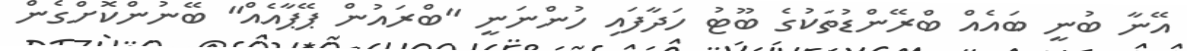
އޭނާ ބުނީ ބައެއް ބްރޭންޑުތަކުގެ ބޫޓު ހަދާފައި ހުންނަނީ "ބްރައުން ޕޭޕާއެއް" ބޭނުންކޮށްގެން